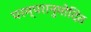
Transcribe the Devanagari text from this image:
परम्परानुमोदित